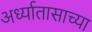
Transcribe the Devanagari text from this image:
अर्ध्यातासाच्या